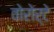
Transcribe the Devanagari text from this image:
वोरोर्टे